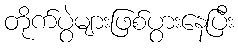
တိုက်ပွဲများဖြစ်ပွားနေပြီး